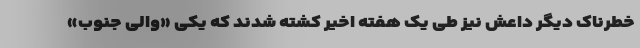
خطرناک دیگر داعش نیز طی یک هفته اخیر کشته شدند که یکی «والی جنوب»